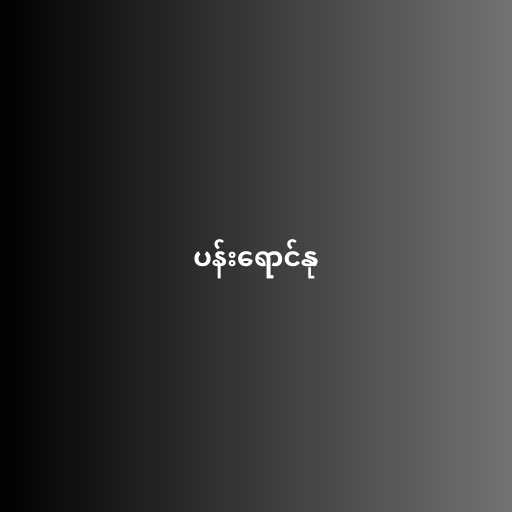
ပန်းရောင်နု